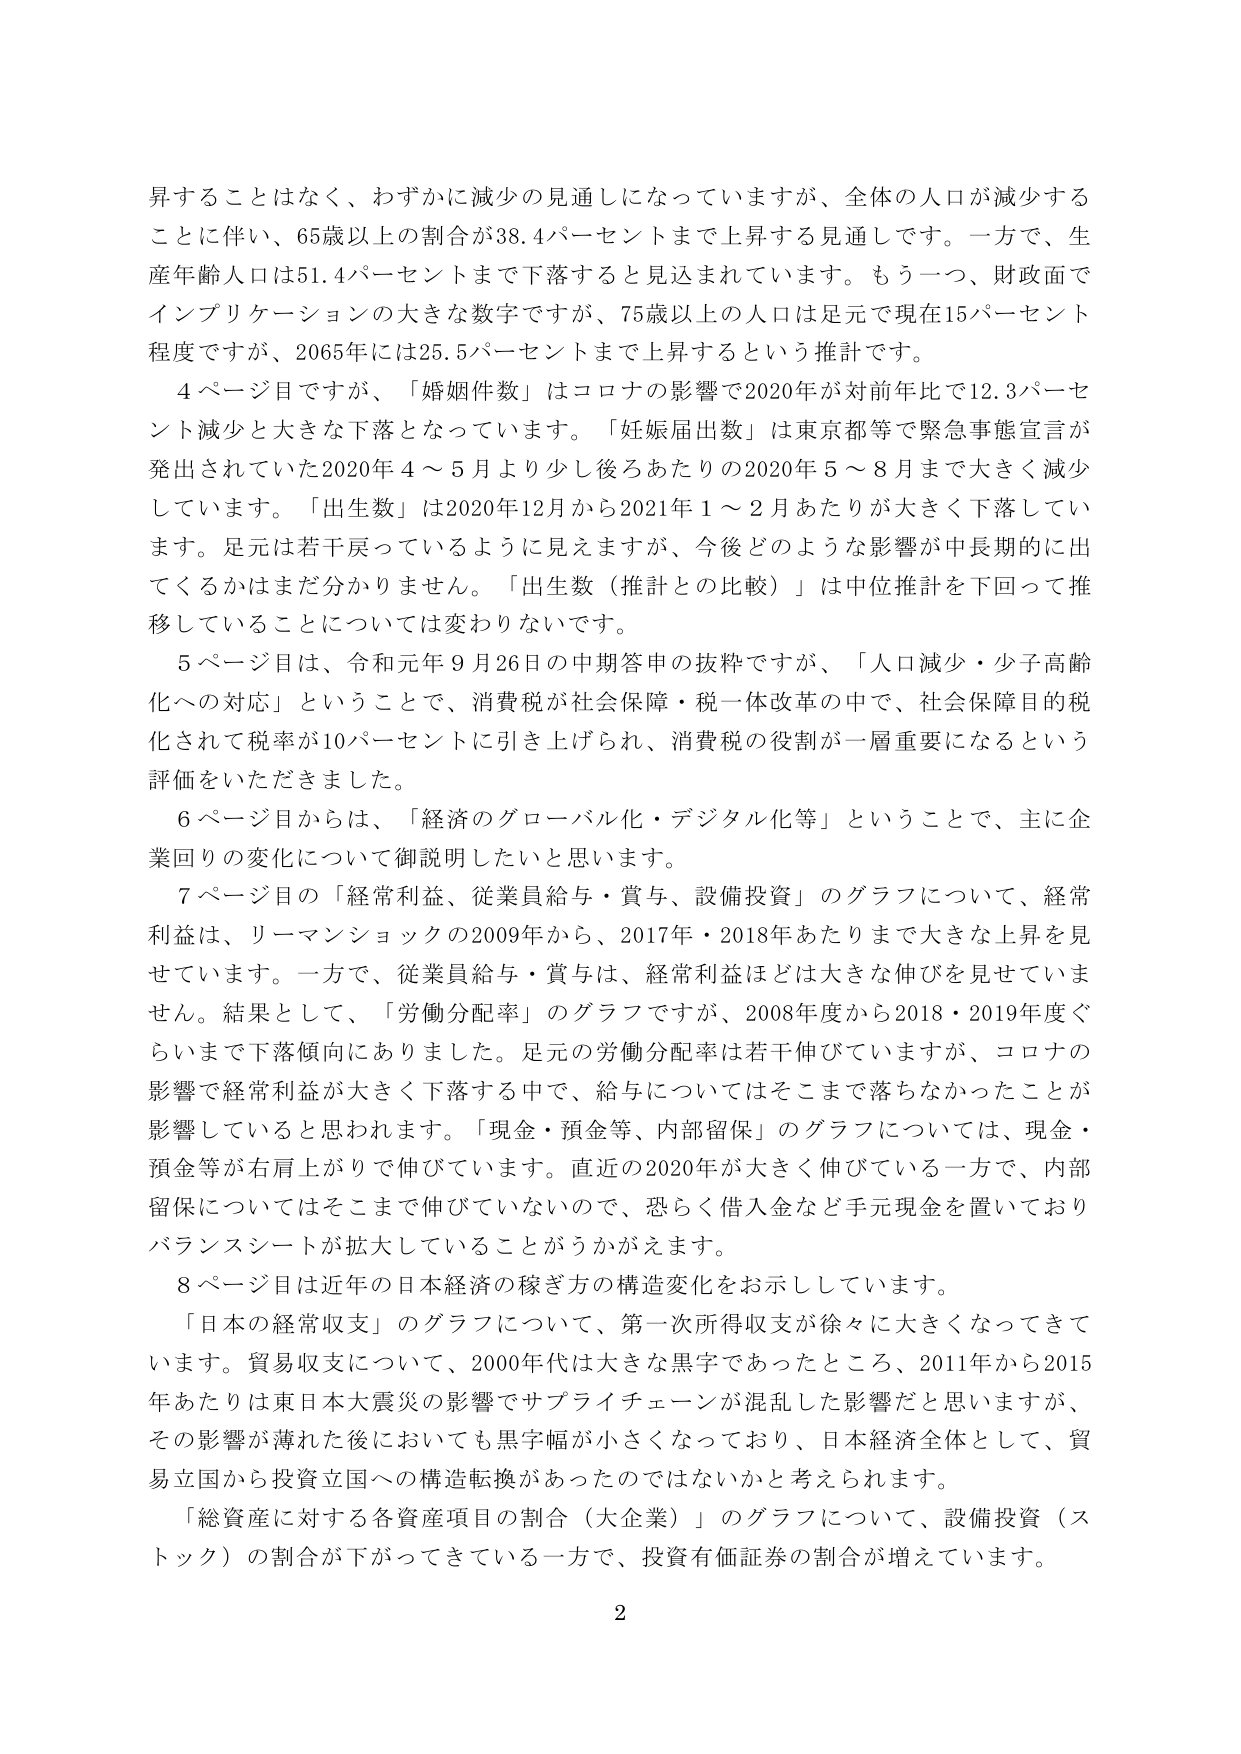
昇することはなく、わずかに減少の見通しになっていますが、全体の人口が減少することに伴い、65歳以上の割合が38.4パーセントまで上昇する見通しです。一方で、生産年齢人口は51.4パーセントまで下落すると見込まれています。もう一つ、財政面でインプリケーションの大きな数字ですが、75歳以上の人口は足元で現在15パーセント程度ですが、2065年には25.5パーセントまで上昇するという推計です。

4ページ目ですが、「婚姻件数」はコロナの影響で2020年が対前年比で12.3パーセント減少と大きな下落となっています。「妊娠届出数」は東京都等で緊急事態宣言が発出されていた2020年4～5月より少し後ろあたりの2020年5～8月まで大きく減少しています。「出生数」は2020年12月から2021年1～2月あたりが大きく下落しています。足元は若干戻っているように見えますが、今後どのような影響が中長期的に出てくるかはまだ分かりません。「出生数（推計との比較）」は中位推計を下回って推移していることについては変わりないです。

5ページ目は、令和元年9月26日の中間答申の抜粋ですが、「人口減少・少子高齢化への対応」ということで、消費税が社会保障・税一体改革の中で、社会保障目的税化されて税率が10パーセントに引き上げられ、消費税の役割が一層重要になるという評価をいただきました。

6ページ目からは、「経済のグローバル化・デジタル化等」ということで、主に企業回りの変化について御説明したいと思います。

7ページ目の「経常利益、従業員給与・賞与、設備投資」のグラフについて、経常利益は、リーマンショックの2009年から、2017年・2018年あたりまで大きな上昇を見せています。一方で、従業員給与・賞与は、経常利益ほどは大きな伸びを見せていません。結果として、「労働分配率」のグラフですが、2008年度から2018・2019年度ぐらいまで下落傾向にありました。足元の労働分配率は若干伸びていますが、コロナの影響で経常利益が大きく下落する中で、給与についてはそこまで落ちなかったことが影響していると思われます。「現金・預金等、内部留保」のグラフについては、現金・預金等が右肩上がりで伸びています。直近の2020年が大きく伸びている一方で、内部留保についてはそこまで伸びていないので、恐らく借入金など手元現金を置いておりバランスシートが拡大していることがうかがえます。

8ページ目は近年の日本経済の稼ぎ方の構造変化をお示ししています。

「日本の経常収支」のグラフについて、第一次所得収支が徐々に大きくなってきています。貿易収支について、2000年代は大きな黒字であったところ、2011年から2015年あたりは東日本大震災の影響でサプライチェーンが混乱した影響だと思いますが、その影響が薄れた後においても黒字幅が小さくなっており、日本経済全体として、貿易立国から投資立国への構造転換があったのではないかと考えられます。

「総資産に対する各資産項目の割合（大企業）」のグラフについて、設備投資（ストック）の割合が下がってきている一方で、投資有価証券の割合が増えています。

2